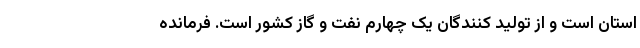
استان است و از تولید کنندگان یک چهارم نفت و گاز کشور است. فرمانده